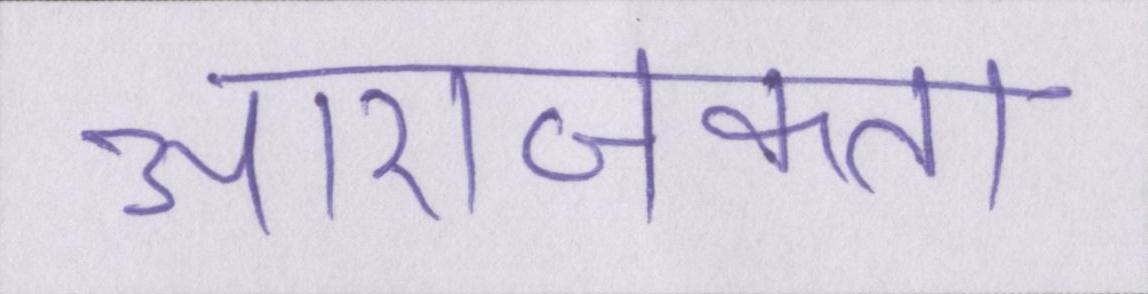
आराजकता